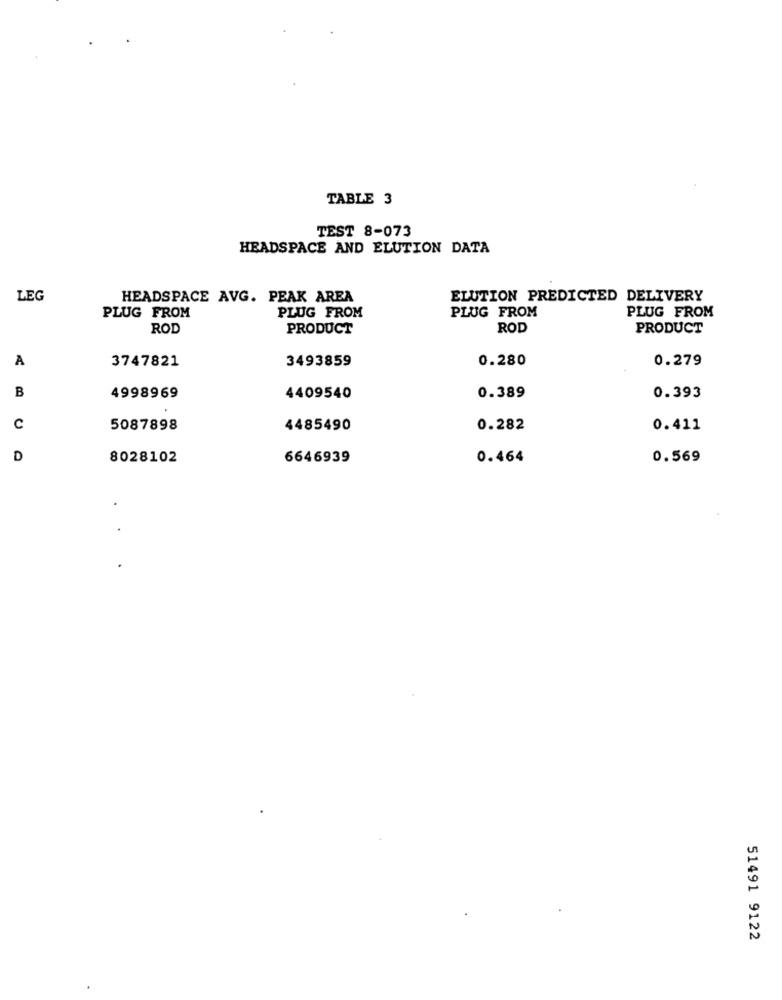
TABLE 3
TEST 8-073
HEADSPACE AND ELUTION DATA
LEG
HEADSPACE AVG. PEAK AREA
ELUTION PREDICTED DELIVERY
PLUG FROM
PLUG FROM
PLUG FROM
PLUG FROM
ROD
PRODUCT
ROD
PRODUCT
A
3747821
3493859
0.280
0.279
B
4998969
4409540
0.389
0.393
c
5087898
4485490
0.282
0.411
D
8028102
6646939
0.464
0.569
51491 9122